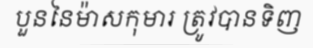
បួននៃម៉ាសកុមារ ត្រូវបានទិញ